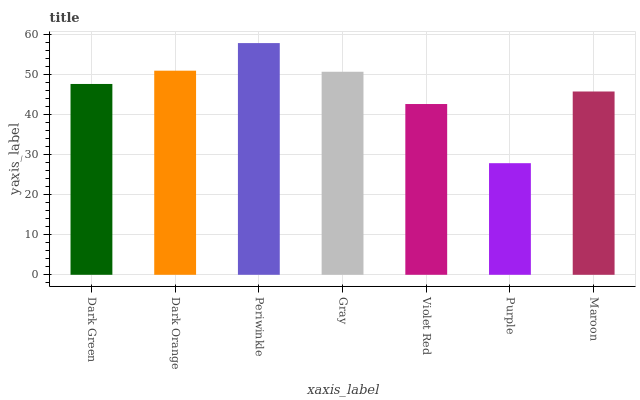
| xaxis_label | bars |
 | --- | --- |
 | Dark Green | 47.6 |
 | Dark Orange | 50.9 |
 | Periwinkle | 57.8 |
 | Gray | 50.6 |
 | Violet Red | 42.6 |
 | Purple | 27.8 |
 | Maroon | 45.7 |